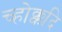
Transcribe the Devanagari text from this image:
च्होक्कदि